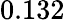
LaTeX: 0.132